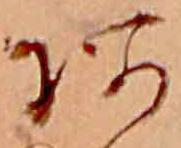
あ